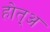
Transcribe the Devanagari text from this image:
होत्अ